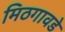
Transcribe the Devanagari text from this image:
मिठगावडे